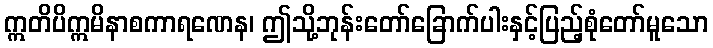
ဣတိပိဣမိနာစကာရဏေန၊ ဤသို့ဘုန်းတော်ခြောက်ပါးနှင့်ပြည့်စုံတော်မူသော